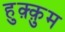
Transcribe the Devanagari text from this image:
हुक़्क़ुम